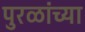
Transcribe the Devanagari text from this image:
पुरळांच्या